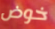
خوض